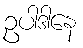
ဥပါဒါနေ